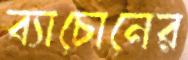
ব্যাচোনের